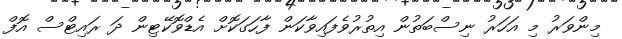
މިންވަރު މި އަހަރު ނިސްބަތުން އިތުރުވެފައިވާކަން ފާހަގަކޮށް އެޑްވޮކޭޓިން ދަ ރައިޓްސް އޮފް